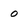
Character: o